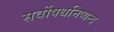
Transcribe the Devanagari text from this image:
सर्वोषधनिष्यन्द